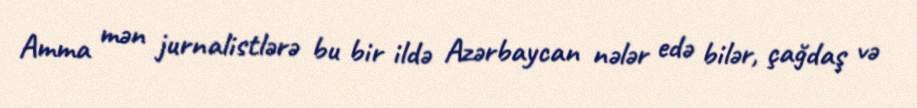
Amma mən jurnalistlərə bu bir ildə Azərbaycan nələr edə bilər, çağdaş və